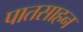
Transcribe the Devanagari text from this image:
पातसाहन